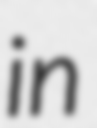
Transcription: in